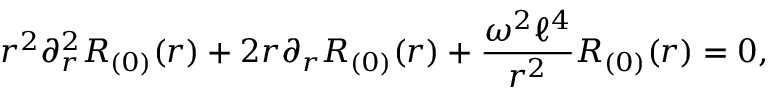
r ^ { 2 } \partial _ { r } ^ { 2 } R _ { ( 0 ) } ( r ) + 2 r \partial _ { r } R _ { ( 0 ) } ( r ) + \frac { \omega ^ { 2 } \ell ^ { 4 } } { r ^ { 2 } } R _ { ( 0 ) } ( r ) = 0 ,